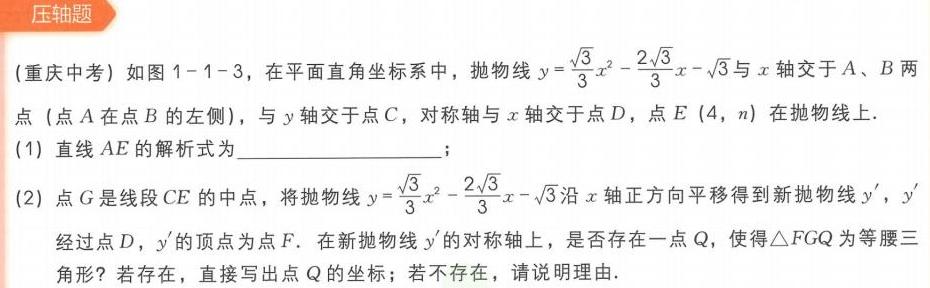
(重庆中考)如图1 - 1 - 3，在平面直角坐标系中，抛物线\(y = \frac{\sqrt{3}}{3}x^{2}-\frac{2\sqrt{3}}{3}x - \sqrt{3}\)与\(x\)轴交于\(A\)、\(B\)两点 (点\(A\)在点\(B\)的左侧)，与\(y\)轴交于点\(C\)，对称轴与\(x\)轴交于点\(D\)，点\(E(4,n)\)在抛物线上.
(1)直线\(AE\)的解析式为  ；
(2)点\(G\)是线段\(CE\)的中点，将抛物线\(y = \frac{\sqrt{3}}{3}x^{2}-\frac{2\sqrt{3}}{3}x - \sqrt{3}\)沿\(x\)轴正方向平移得到新抛物线\(y'\)，\(y'\)经过点\(D\)，\(y'\)的顶点为\(F\). 在新抛物线\(y'\)的对称轴上，是否存在一点\(Q\)，使得\(\triangle FGQ\)为等腰三角形？若存在，直接写出点\(Q\)的坐标；若不存在，请说明理由.